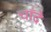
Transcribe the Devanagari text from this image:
चाँदे